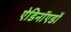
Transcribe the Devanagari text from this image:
ऐडिनॉएडों